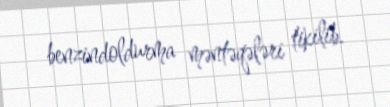
benzindoldurma məntəqələri tikilib.